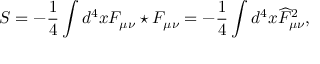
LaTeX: S = - \frac 1 4 \int d ^ { 4 } x F _ { \mu \nu } \star F _ { \mu \nu } = - \frac 1 4 \int d ^ { 4 } x \widehat { F } _ { \mu \nu } ^ { 2 } ,